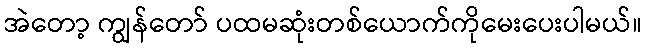
အဲတော့ ကျွန်တော် ပထမဆုံးတစ်ယောက်ကိုမေးပေးပါမယ်။